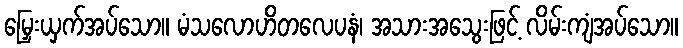
မြှေးယှက်အပ်သော။ မံသလောဟိတလေပနံ၊ အသားအသွေးဖြင့် လိမ်းကျံအပ်သော။